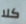
كلا